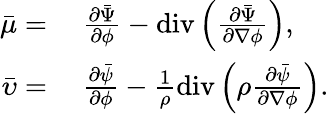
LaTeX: \begin{array}{rl}{\bar{\mu}=}&{{}~\frac{\partial\bar{\Psi}}{\partial\phi}-\mathrm{div}\left(\frac{\partial\bar{\Psi}}{\partial\nabla\phi}\right),}\\ {\bar{\upsilon}=}&{{}~\frac{\partial\bar{\psi}}{\partial\phi}-\frac{1}{\rho}\mathrm{div}\left(\rho\frac{\partial\bar{\psi}}{\partial\nabla\phi}\right).}\end{array}